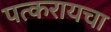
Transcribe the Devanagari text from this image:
पत्करायचा